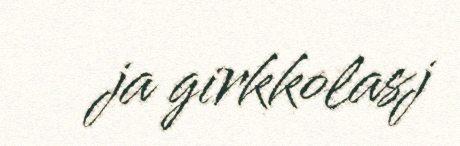
ja girkkolasj